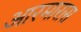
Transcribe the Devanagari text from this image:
आरमारास